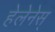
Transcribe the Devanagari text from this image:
हेलेनेस्